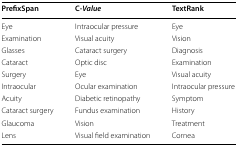
<table><thead><tr><td><b>PrefixSpan</b></td><td><b>C-<i>Value</i></b></td><td><b>TextRank</b></td></tr></thead><tbody><tr><td>Eye</td><td>Intraocular pressure</td><td>Eye</td></tr><tr><td>Examination</td><td>Visual acuity</td><td>Vision</td></tr><tr><td>Glasses</td><td>Cataract surgery</td><td>Diagnosis</td></tr><tr><td>Cataract</td><td>Optic disc</td><td>Examination</td></tr><tr><td>Surgery</td><td>Eye</td><td>Visual acuity</td></tr><tr><td>Intraocular</td><td>Ocular examination</td><td>Intraocular pressure</td></tr><tr><td>Acuity</td><td>Diabetic retinopathy</td><td>Symptom</td></tr><tr><td>Cataract surgery</td><td>Fundus examination</td><td>History</td></tr><tr><td>Glaucoma</td><td>Vision</td><td>Treatment</td></tr><tr><td>Lens</td><td>Visual field examination</td><td>Cornea</td></tr></tbody></table>